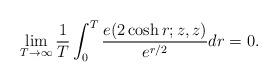
LaTeX: \begin{align*} \lim_{T \to \infty} \frac{1}{T} \int_{0}^{T} \frac{e(2 \cosh r;z,z)}{e^{r/2}} dr = 0.\end{align*}